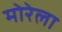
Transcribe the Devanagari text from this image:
मोरेला